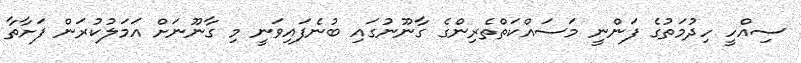
ސިއްހީ ހިދުމަތުގެ ފަންނީ މަސައްކަތްތެރިންގެ ގާނޫނުގައި ބުނެފައިވަނީ މި ގާނޫނަށް އަމަލުކުރަން ފަށާތާ